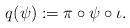
LaTeX: \begin{align*}q(\psi):=\pi\circ \psi\circ\iota.\end{align*}